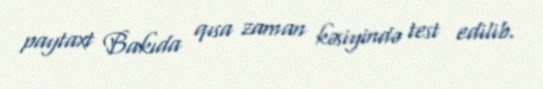
paytaxt Bakıda qısa zaman kəsiyində test edilib.